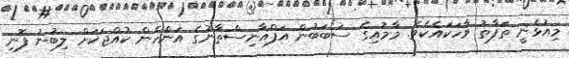
މިއުޅެނީ ތަފާތު ވާހަކައެކެވެ. މާމުއިގެ ސަބަބުން އަފްޣާނިސްތާނުގެ އަންހެން ކުއްޖަކަށް ލިބުނު ފޮނި